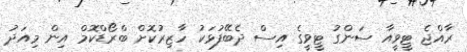
ރާއްޖެ ޓީވީއާ ސަންގު ޓީވީގެ އިސް ދެބޭފުޅަކު ހާޒިރުކޮށް ބްރޯޑްކޮމް އިން މިއަދު